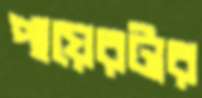
পায়েরটার